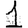
Digit: 1